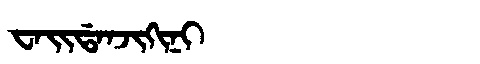
Manchu: ᠸᠠᡳᡩᠠᠨᠵᡳᡴᡳᠨᡳ
Romanization: WAIDANJIKINI